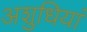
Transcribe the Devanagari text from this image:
अशुधियां